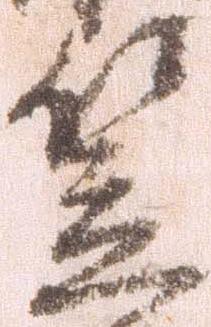
笠